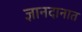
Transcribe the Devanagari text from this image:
ज्ञानदानात